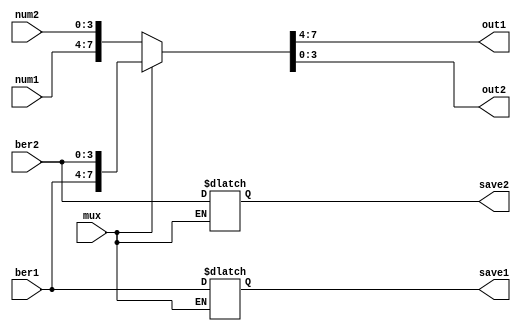
`timescale 1ns / 1ps
//mux_timerclk1clk24bit
module mux_timer4(
    input mux,
    input [3:0]num1,
    input [3:0]num2,
    input [3:0]ber1,
    input [3:0]ber2,
    output reg [3:0] out1,
    output reg [3:0] out2,
    output reg [3:0] save1,
    output reg [3:0] save2
    );
    always @(mux)
        if(~mux)
            begin
                {out1,out2} <= {num1,num2};
            end
        else
            begin
                {out1,out2} <= {ber1,ber2};
                {save1,save2} <= {ber1,ber2};
            end
endmodule